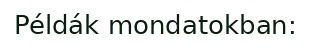
Példák mondatokban: